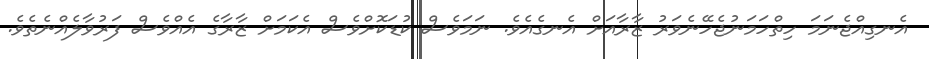
އެނގިއްޖެނަމަ ހިތްހަމަނުޖެހޭނެވަރު ޒާރާއަށް އެނގެއެވެ. ނަމަވެސް ކުޑަކޮށްވެސް އެކަމަށް ޒާރާގެ އެއްވެސް ފަރުވާލެއްނެތެވެ.